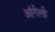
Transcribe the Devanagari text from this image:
आंगेलो